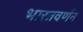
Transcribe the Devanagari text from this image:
भारतवर्णन